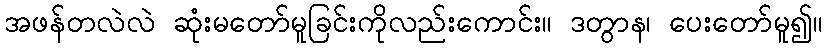
အဖန်တလဲလဲ ဆုံးမတော်မူခြင်းကိုလည်းကောင်း။ ဒတွာန၊ ပေးတော်မူ၍။